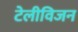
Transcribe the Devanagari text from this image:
टेलीविजन